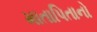
માતાપિતાનો